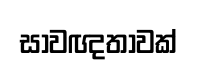
සාවඥතාවක්